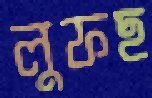
লুফছ